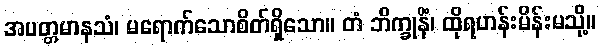
အပတ္တမာနသံ၊ မရောက်သောစိတ်ရှိသော။ တံ ဘိက္ခုနိံ၊ ထိုရဟန်းမိန်းမသို့။